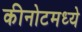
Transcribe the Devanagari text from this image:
कीनोटमध्ये